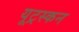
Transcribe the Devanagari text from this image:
यूट्रस्कन